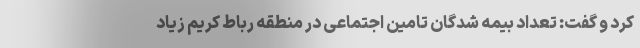
کرد و گفت: تعداد بیمه شدگان تامین اجتماعی در منطقه رباط کریم زیاد